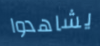
يشاهدوا